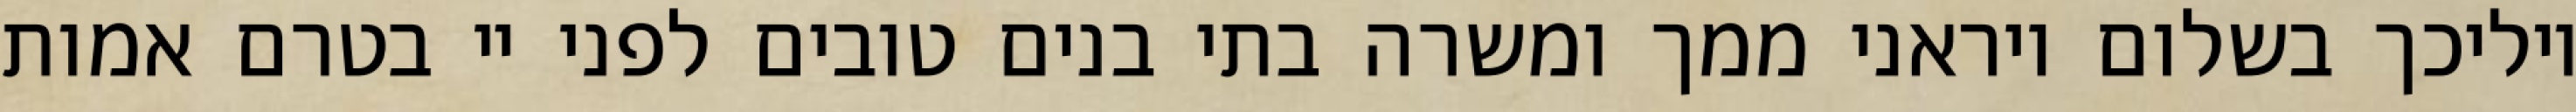
יוליכך בשלום ויראני ממך ומשרה בתי בנים טובים לפני יי בטרם אמות